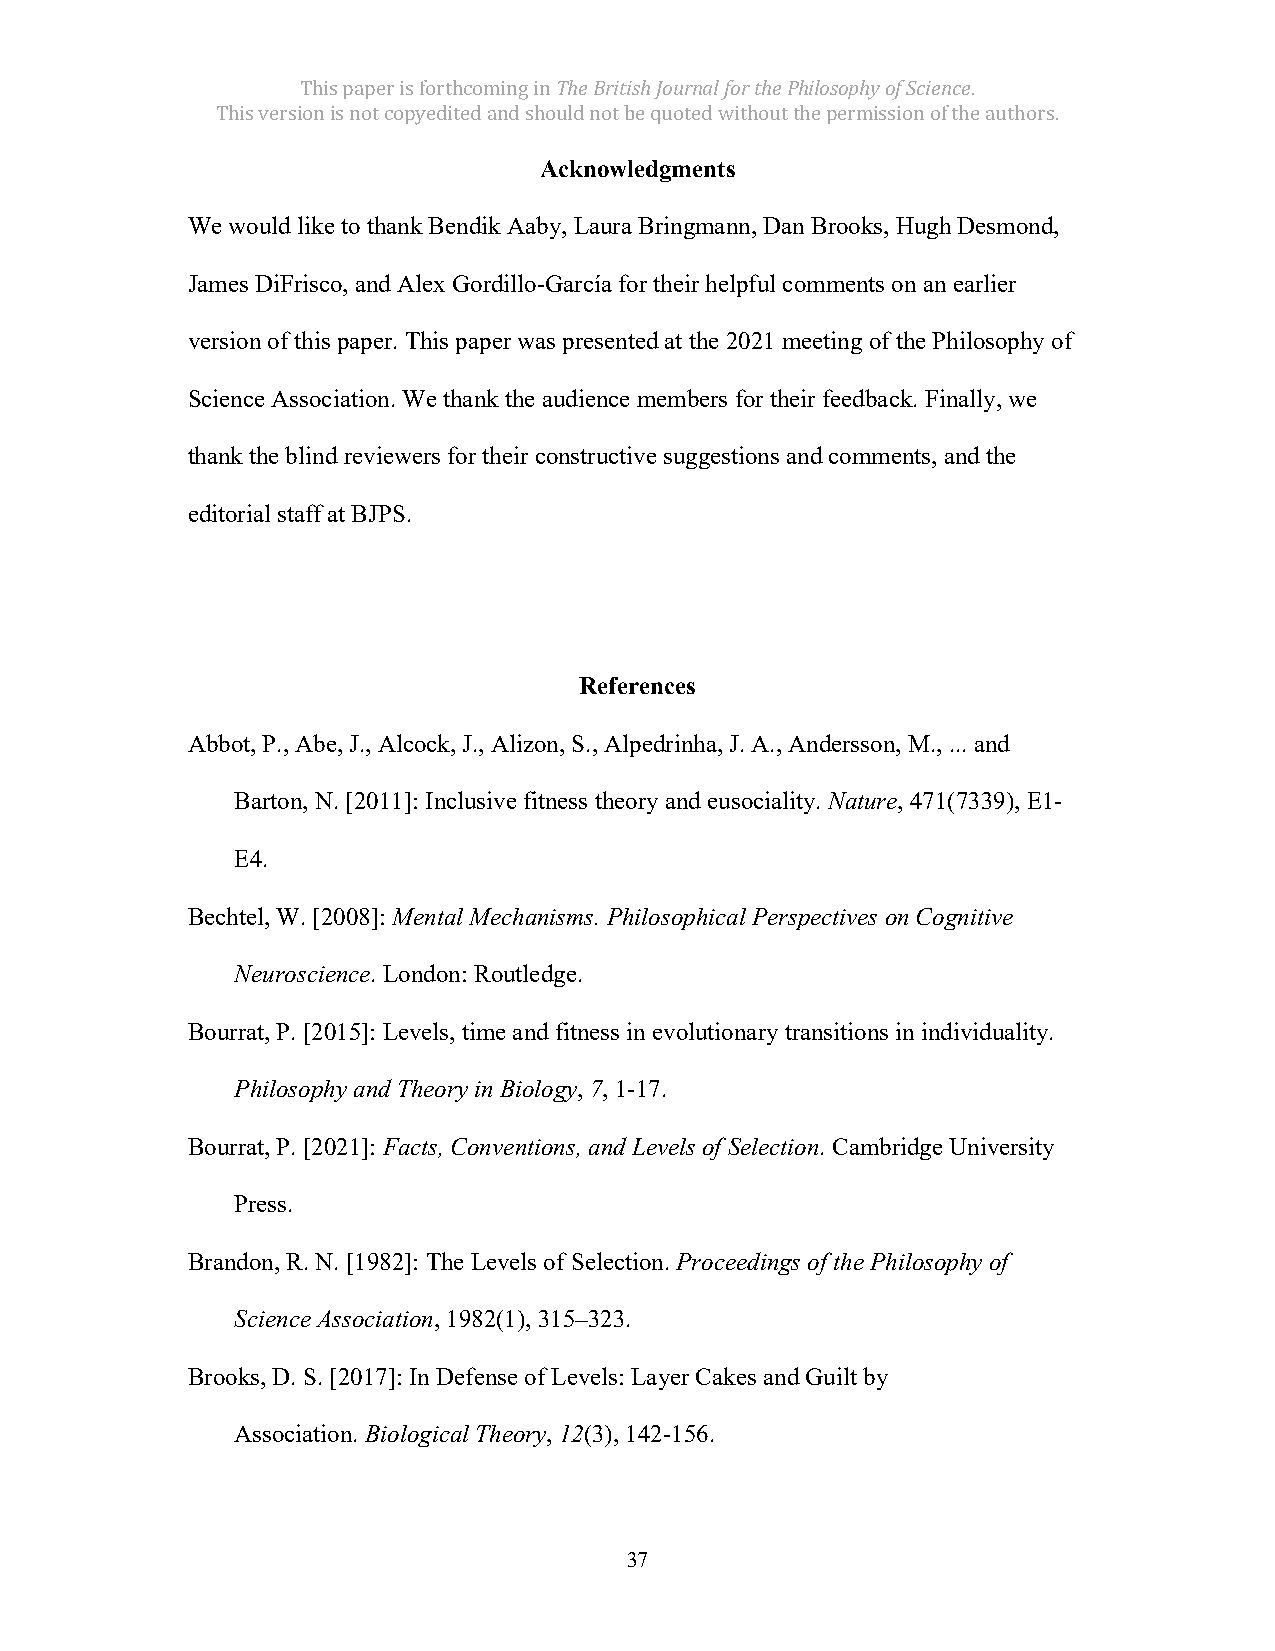
This paper is forthcoming in The British Journal for the Philosophy of Science.
 This version is not copyedited and should not be quoted without the permission of the authors.
 Acknowledgments
 We would like to thank Bendik Aaby, Laura Bringmann, Dan Brooks, Hugh Desmond,
 James DiFrisco, and Alex Gordillo-García for their helpful comments on an earlier
 version of this paper. This paper was presented at the 2021 meeting of the Philosophy of
 Science Association. We thank the audience members for their feedback. Finally, we
 thank the blind reviewers for their constructive suggestions and comments, and the
 editorial staff at BJPS.
 References
 Abbot, P., Abe, J., Alcock, J., Alizon, S., Alpedrinha, J. A., Andersson, M., ... and
 Barton, N. [2011]: Inclusive fitness theory and eusociality. Nature, 471(7339), E1-
 E4.
 Bechtel, W. [2008]: Mental Mechanisms. Philosophical Perspectives on Cognitive
 Neuroscience. London: Routledge.
 Bourrat, P. [2015]: Levels, time and fitness in evolutionary transitions in individuality.
 Philosophy and Theory in Biology, 7, 1-17.
 Bourrat, P. [2021]: Facts, Conventions, and Levels of Selection. Cambridge University
 Press.
 Brandon, R. N. [1982]: The Levels of Selection. Proceedings of the Philosophy of
 Science Association, 1982(1), 315–323.
 Brooks, D. S. [2017]: In Defense of Levels: Layer Cakes and Guilt by
 Association. Biological Theory, 12(3), 142-156.
 37